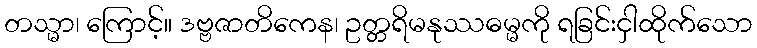
တသ္မာ၊ ကြောင့်။ ဒဗ္ဗဇာတိကေန၊ ဥတ္တရိမနုဿဓမ္မကို ရခြင်းငှါထိုက်သော